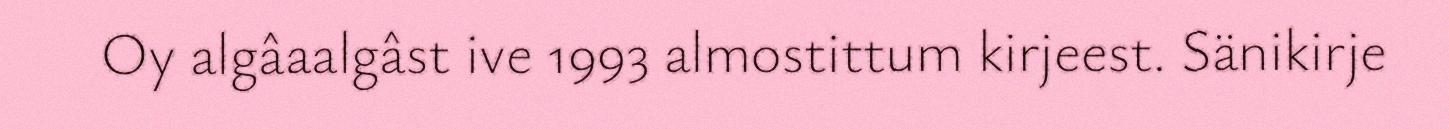
Oy algâaalgâst ive 1993 almostittum kirjeest. Sänikirje